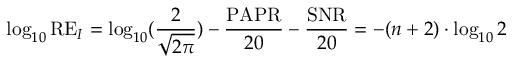
\log _ { 1 0 } \mathrm { R E } _ { I } = \log _ { 1 0 } ( \frac { 2 } { \sqrt { 2 \pi } } ) - \frac { \mathrm { P A P R } } { 2 0 } - \frac { \mathrm { S N R } } { 2 0 } = - ( n + 2 ) \cdot \log _ { 1 0 } 2